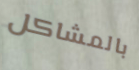
بالمشاكل